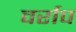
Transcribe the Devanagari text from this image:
वर्राप